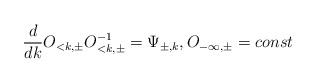
LaTeX: \begin{align*}\frac{d}{dk} O_{<k,\pm} O_{<k,\pm}^{-1} = \Psi_{\pm,k} , O_{-\infty,\pm} = const\end{align*}